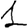
Digit: 1